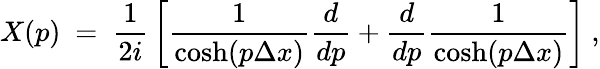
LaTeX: X(p)\ =\ {\frac{1}{2i}}\left[{\frac{1}{\cosh(p\Delta x)}}{\frac{d}{dp}}+{\frac{d}{dp}}{\frac{1}{\cosh(p\Delta x)}}\right]\ ,